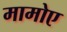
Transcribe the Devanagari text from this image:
मामोए